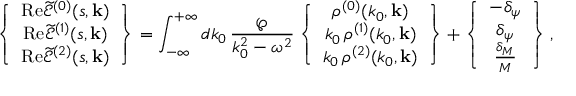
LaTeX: \left\{ \begin{array} { c } { { \mathrm { R e } \widetilde { \mathcal { E } } ^ { ( 0 ) } ( s , \mathbf { k } ) } } \\ { { \mathrm { R e } \widetilde { \mathcal { E } } ^ { ( 1 ) } ( s , \mathbf { k } ) } } \\ { { \mathrm { R e } \widetilde { \mathcal { E } } ^ { ( 2 ) } ( s , \mathbf { k } ) } } \end{array} \right\} = \int _ { - \infty } ^ { + \infty } d k _ { 0 } \, \frac { \wp } { k _ { 0 } ^ { 2 } - \omega ^ { 2 } } \left\{ \begin{array} { c } { { \rho ^ { ( 0 ) } ( k _ { 0 } , \mathbf { k } ) } } \\ { { k _ { 0 } \, \rho ^ { ( 1 ) } ( k _ { 0 } , \mathbf { k } ) } } \\ { { k _ { 0 } \, \rho ^ { ( 2 ) } ( k _ { 0 } , \mathbf { k } ) } } \end{array} \right\} + \left\{ \begin{array} { c } { { - \delta _ { \psi } } } \\ { { \delta _ { \psi } } } \\ { { \frac { \delta _ { M } } { M } } } \end{array} \right\} ,